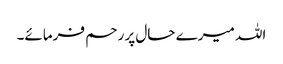
اللہ میرے حال پر رحم فرمائے۔